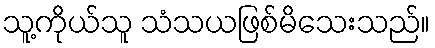
သူ့ကိုယ်သူ သံသယဖြစ်မိသေးသည်။